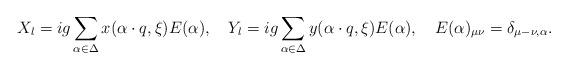
LaTeX: \begin{align*}X_l=ig\sum_{\alpha\in\Delta}x(\alpha\cdot q, \xi)E(\alpha),\quad Y_l=ig\sum_{\alpha\in\Delta}y(\alpha\cdot q, \xi)E(\alpha),\quad E(\alpha)_{\mu \nu}=\delta_{\mu-\nu,\alpha}. \end{align*}